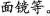
面镜等。